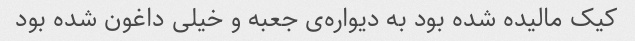
کیک مالیده شده بود به دیواره‌ی جعبه و خیلی داغون شده بود